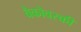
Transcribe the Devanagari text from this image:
वैकोवस्की